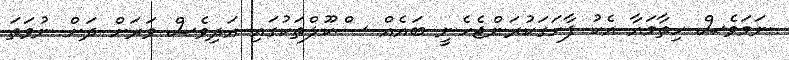
ނަމަވެސް ހިތާމައާ އެކު ފާހަގަކުރަންޖެހެނީ ބައެއް ސްކޫލްތަކުގައި އަދިވެސް ވަރަށް ދަށް ނުވަތަ